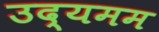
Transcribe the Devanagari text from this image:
उद्यमम